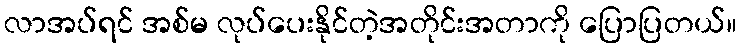
လာအပ်ရင် အစ်မ လုပ်ပေးနိုင်တဲ့အတိုင်းအတာကို ပြောပြတယ်။